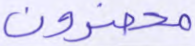
محضرون